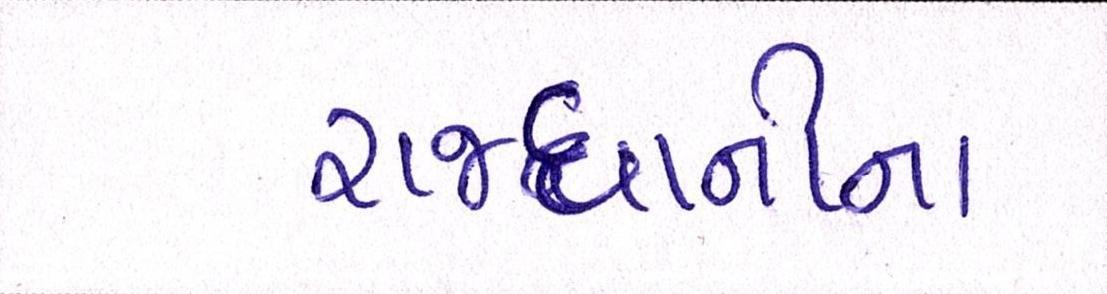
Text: રાજધાનીના